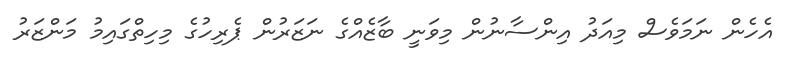
އެހެން ނަމަވެސް މިއަދު އިންސާނުން މިވަނީ ބާޒެއްގެ ނަޒަރުން ޕެރިހުގެ މިހިތްގައިމު މަންޒަރު